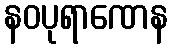
နဝပုရာဏေန